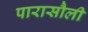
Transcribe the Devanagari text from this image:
पारासौली